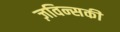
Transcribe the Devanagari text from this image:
ज़विन्सकी